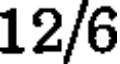
12/6